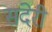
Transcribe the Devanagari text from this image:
संदेरी